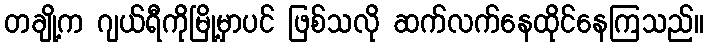
တချို့က ဂျယ်ရီကိုမြို့မှာပင် ဖြစ်သလို ဆက်လက်နေထိုင်နေကြသည်။